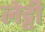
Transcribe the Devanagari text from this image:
लेट्टी